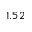
1 . 5 2